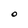
Character: O